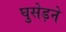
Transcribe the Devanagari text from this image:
घुसेड़ने